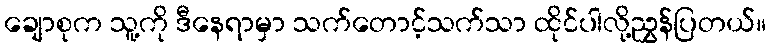
ချောစုက သူ့ကို ဒီနေရာမှာ သက်တောင့်သက်သာ ထိုင်ပါလို့ညွှန်ပြတယ်။